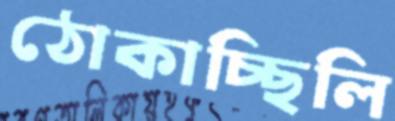
ঠোকাচ্ছিলি